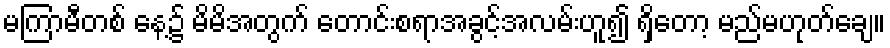
မကြာမီတစ် နေ့၌ မိမိအတွက် တောင်းစရာအခွင့်အလမ်းဟူ၍ ရှိတော့ မည်မဟုတ်ချေ။